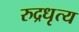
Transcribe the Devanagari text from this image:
रुद्रधृत्य